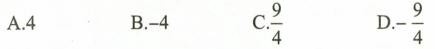
A. 4 B. -4 C.\frac{9}{4} D.- \frac{9}{4}